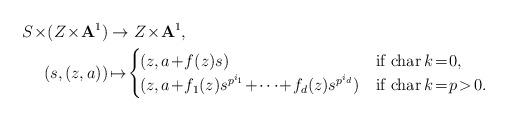
LaTeX: \begin{align*} S\!\times\! (Z\!\times\! {\mathbf A}^1)&\to Z\!\times\! {\mathbf A}^1,\\ (s, (z, a))&\!\mapsto\!\begin{cases}\hskip -.5mm (z, a\!+\!f(z)s)&\mbox{if ${\rm char}\,k\!=\!0$},\\ \hskip -.5mm (z, a\!+\!f_1(z)s^{p^{i_1}}\!+\!\cdots \!+\! f_d(z)s^{p^{i_d}})&\mbox{if ${\rm char}\,k\!=\!p\!>\!0$}. \end{cases} \end{align*}